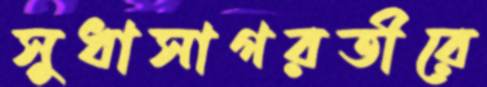
সুধাসাগরতীরে